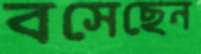
বসেছেন